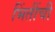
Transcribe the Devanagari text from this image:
भिंतींची